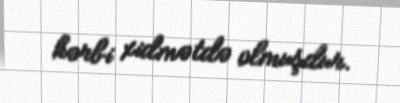
hərbi xidmətdə olmuşdur.